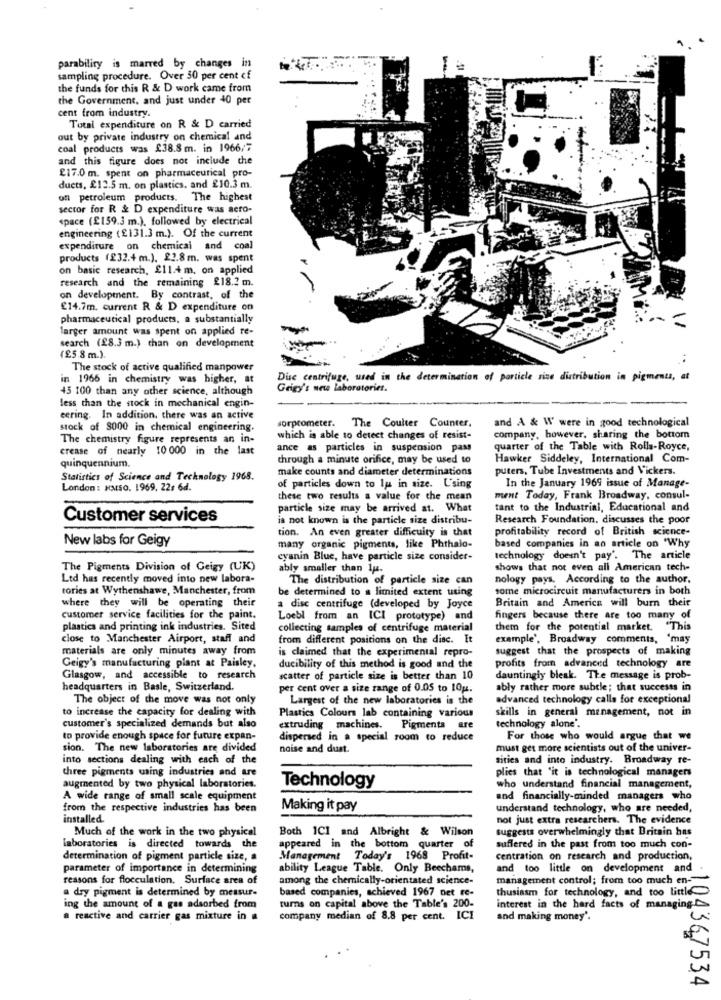
parabiliry is marred by changes in
sampling procedure. Over 30 per cent of
the funds for this R & D work came from
the Government, and just under 40 per
cent from industry.
Total expenditure on R & D carried
out by private industry on chemical and
coal products was £38.8m. in 1966/7
and this figure does not include che
£17.0 m. spent on pharmaceutical pro-
ducts, £12.5 m. on plastics. and 210.3 m.
of petroleum products. The highest
sector for R & D expenditure was aero-
space (£159.3 m.), followed by electrical
engineering (£131.3 m.). Of the current
expenditure on chemical and coal
products (232.4 m.). 22.8m. was spent
on basic research, £11.4m. on applied
research and the remaining £18.2 m.
on development. By contrast, of the
£14.7m. current R & D expenditure on
pharmaceutical products, a substantially
larger amount was spent on applied re-
search (28.3 m.) than on development
(£5.8 m.).
The stock of active qualified manpower
in 1966 in chemistry was higher, at
Dise centrifuge, used in the determination of particle size distribution in pigments,
45 100 than any other science, although
Gegy's new laboratoriet.
less than the stock in mechanical engin-
eering. In addition, there was an active
sorprometer. The Coulter Counter,
and A & W were in good technological
stock of 8000 in chemical engineering.
The chemistry figure represents an in-
which is able to detect changes of resist-
company, however, sharing the bottom
crease of nearly 10 000 in the last
ance as particles in suspension pass
quarter of the Table with Rolls-Royce,
through a minute orifice, may be used to
Hawker Siddeley, International Com-
quinquennium.
make counts and diameter determinations
puters, Tube Investments and Vickers.
Statistics of Science and Technology 1968.
London : HMISO. 1969, 22s 6d.
of particles down to la in size. Using
In the January 1969 issue of Manage-
these two results a value for the mean
ment Today, Frank Broadway, consul-
particle size may be arrived at. What
tant to the Industrial, Educational and
Customer services
is not known is the particle size distribu-
Research Foundation. discusses the poor
tion. An even greater difficulty is that
profitability record of British science-
New labs for Geigy
many organic pigments, like Phthalo-
based companies in an article on "Why
cyanin Blue, have particle size consider-
technology doesn't pay'. The article
The Pigments Division of Geigy (UK)
ably smaller than luz.
shows that not even all American tech-
Ltd has recently moved into new labora-
The distribution of particle size can
nology pays, According to the author.
tories at Wythenshawe, Manchester, from
be determined to a limited extent uting
some microcircuit manufacturers in both
where they will be operating their
Britain and America will burn their
a disc centrifuge (developed by Joyce
customer service facilities for the paint.
Loebl from an ICI prototype) and
fingers because there Are too many of
plastics and printing ink industries. Sited
collecting samples of centrifuge material
them for the potential market. "This
close to Manchester Airport, staff and
from different positions on the disc. It
example', Broadway comments, "may
materials are only minutes away from
is claimed that the experimental repro-
suggest that the prospects of making
Geigy's manufacturing plant at Paisley.
ducibility of this method is good and the
profits from advanced technology are
Glasgow, and accessible to research
scatter of particle size is better than 10
dauntingly bleak. The message is prob-
headquarters in Basle, Switzerland.
per cent over a size range of 0.05 to 10g.
ably rather more subtle; that successs in
The object of the move was not only
Largest of the new laboratories is the
advanced technology calls for exceptional
to increase the capacity for dealing with
skills in general management, not in
Plastics Colours lab containing various
customer's specialized demands but also
extruding machines.
Pigments are
technology alone'.
to provide enough space for future expan-
dispersed in a special room to reduce
For those who would argue that we
sion. The new laboratories are divided
noise and dust.
must get more scientists out of the univer-
into sections dealing with each of the
sities and into industry. Broadway re-
three pigments using industries and are
plies that "it is technological managers
augmented by two physical laboratories.
Technology
who understand financial management,
A wide range of small scale equipment
and financially-minded managers who
from the respective industries has been
Making it pay
understand technology, who are needed,
installed.
not just extra researchers. The evidence
Much of the work in the two physical
Both 1CI and Albright & Wilson
suggests overwhelmingly that Britain has
laboratories is directed towards the
appeared in the bottom quarter of
suffered in the past from too much con-
determination of pigment particle size, a
Management Today's 1968 Profit-
centration on research and production,
parameter of importance in determining
ability League Table. Only Beechams,
and too little on development and
reasons for flocculation. Surface area of
among the chemically-orientated science-
management control; from too much en-
a dry pigment is determined by measur-
based companies, achieved 1967 net re-
thusiasm for technology, and too little
ing the amount of a gas adsorbed from
turns on capital above the Table's 200-
interest in the hard facts of managing.
a reactive and carrier gas mixture in #
company median of 8.8 per cent. ICI
and making money'.
104367534